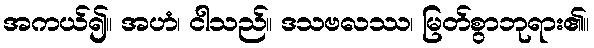
အကယ်၍။ အဟံ၊ ငါသည်။ ဒသဗလဿ၊ မြတ်စွာဘုရား၏။